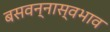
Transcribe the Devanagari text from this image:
बसवन्नास्वभाव